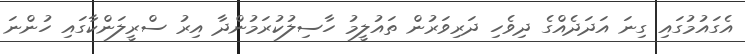
އެގައުމުގައި ގިނަ އަދަދެއްގެ ދިވެހި ދަރިވަރުން ތައުލީމު ހާސިލުކުރަމުންދާ އިރު ސްރީލަންކާގައި ހުންނަ